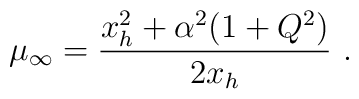
\mu_{\infty} = {x_h^2 + \alpha^2 (1+Q^2) \over 2 x_h}\ .